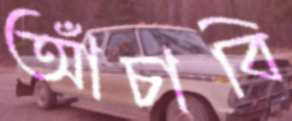
আঁচাবি